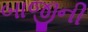
બાજીની